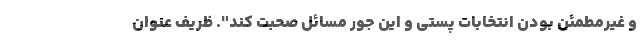
و غیرمطمئن بودن انتخابات پستی و این جور مسائل صحبت کند". ظریف عنوان